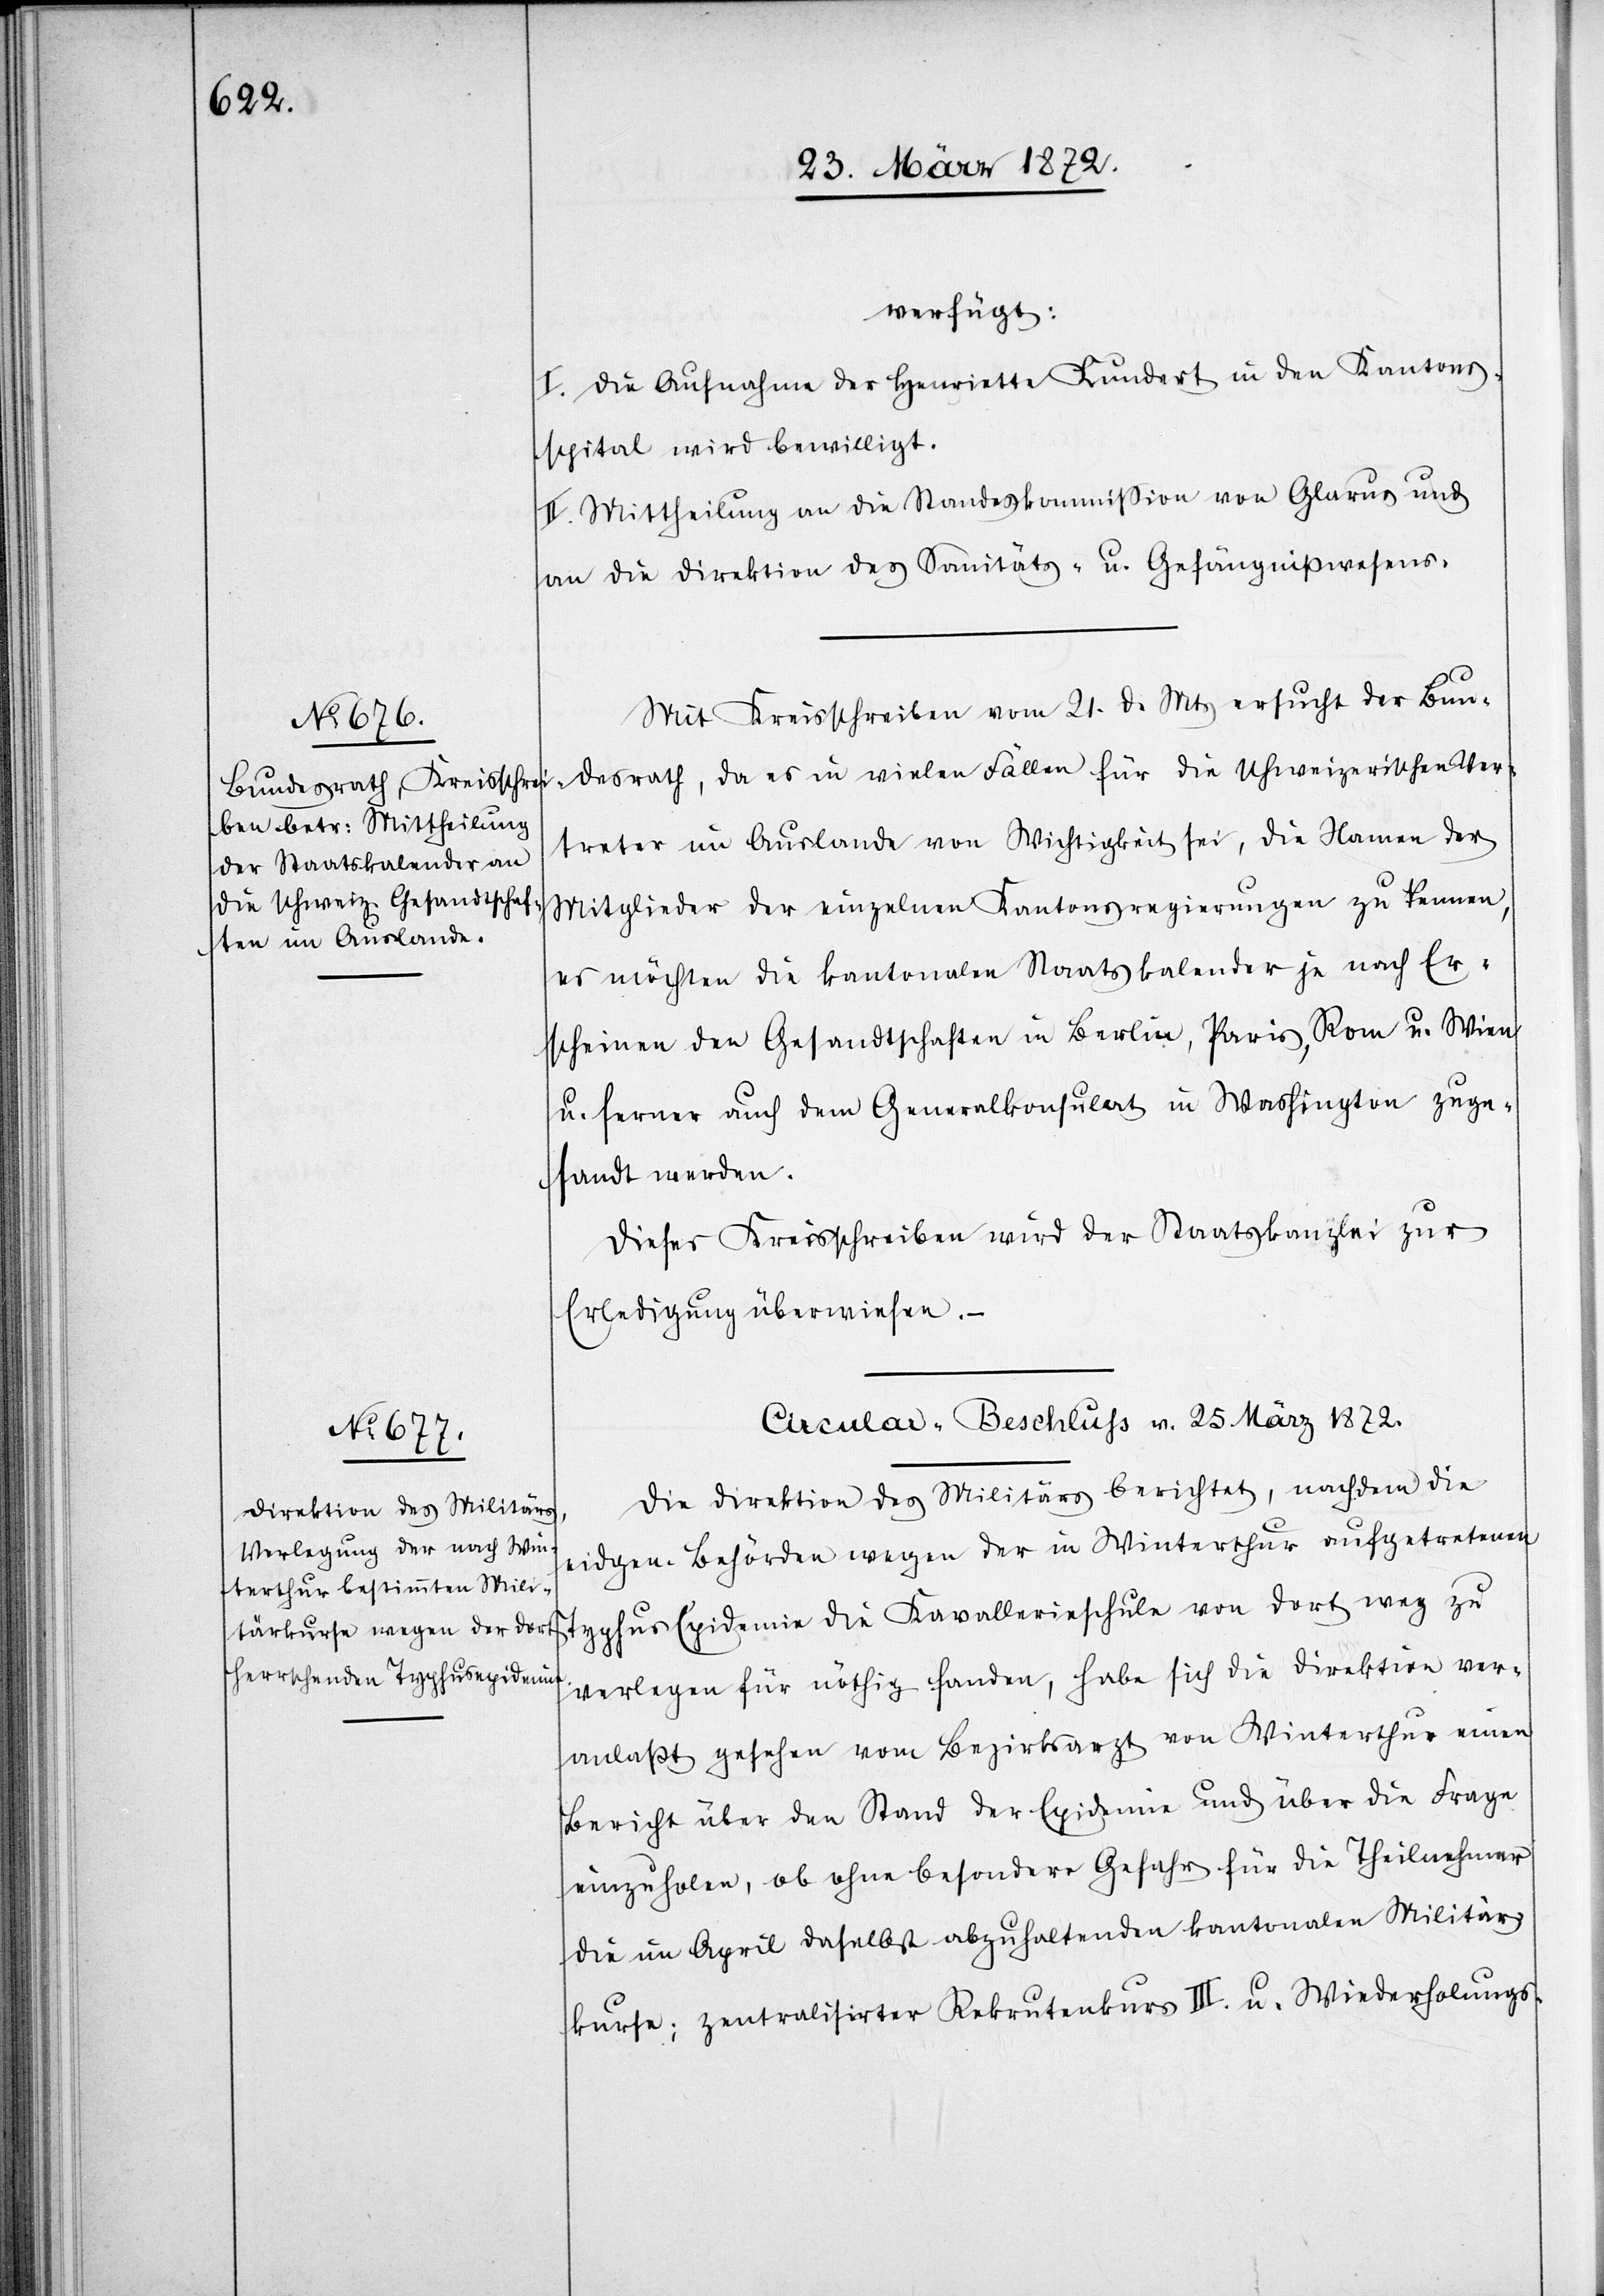
25. März 1872.]
verfügt:
I. Die Aufnahme der Henrietta Kundert in den Kantons¬
spital wird bewilligt.
II. Mittheilung an die Standeskommission von Glarus und
an die Direktion des Sanitäts- u. Gefängnißwesens.
Mit Kreisschreiben vom 21. d. Mts ersucht der Bun¬
desrath, da es in vielen Fällen für die schweizerischen Ver¬
treter im Auslande von Wichtigkeit sei, die Namen der
Mitglieder der einzelnen Kantonsregierungen zu kennen,
es möchten die kantonalen Staatskalender je nach Er¬
scheinen den Gesandtschaften in Berlin, Paris, Rom u. Wien
u. ferner auch dem Generalkonsulat in Washington zuge¬
sandt werden.
Dieses Kreisschreiben wird der Staatskanzlei zur
Erledigung überwiesen. –
Circular-Beschluss v. 25. März 1872.
Die Direktion des Militärs berichtet, nachdem die
eidgen. Behörden wegen der in Winterthur aufgetretenen
Typhus Epidemie die Kavallerieschule von dort weg zu
verlegen für nöthig fanden, habe sich die Direktion ver¬
anlaßt gesehen vom Bezirksarzt von Winterthur einen
Bericht über den Stand der Epidemie und über die Frage
einzuholen, ob ohne besondere Gefahr für die Teilnehmer
die im April daselbst abzuhaltenden kantonalen Militär¬
kurse; zentralisirter Rekrutenkurs III. u. Wiederholungs-